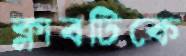
ক্লাবটিকে